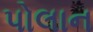
પોલાન